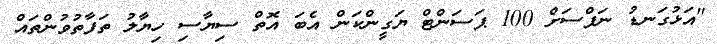
"އަޅުގަނޑު ނަފްސަށް 100 ޕަސަންޓް ޔަގީންކަން އެބަ އޮތް ސިޔާސި ހިޔާލު ތަފާތުވުންތައް